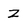
Character: Z